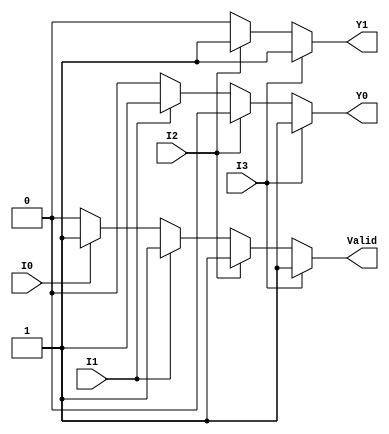
module priority_encoder (
    input wire I0,    // Input 0 (lowest priority)
    input wire I1,    // Input 1
    input wire I2,    // Input 2
    input wire I3,    // Input 3 (highest priority)
    output reg Y1,    // Most significant bit of the output
    output reg Y0,    // Least significant bit of the output
    output reg Valid   // Indicates if any input is active
);

always @(*) begin
    // Default values
    Y1 = 1'b0;
    Y0 = 1'b0;
    Valid = 1'b0;

    // Priority Encoding Logic
    if (I3) begin
        Y1 = 1'b1;
        Y0 = 1'b1;
        Valid = 1'b1;
    end else if (I2) begin
        Y1 = 1'b1;
        Y0 = 1'b0;
        Valid = 1'b1;
    end else if (I1) begin
        Y1 = 1'b0;
        Y0 = 1'b1;
        Valid = 1'b1;
    end else if (I0) begin
        Y1 = 1'b0;
        Y0 = 1'b0;
        Valid = 1'b1;
    end else begin
        Valid = 1'b0; // All inputs are low
    end
end

endmodule